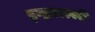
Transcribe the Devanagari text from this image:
इन्द्रवाल्ली